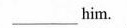
___him.